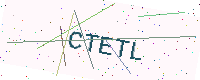
Text: CTETL